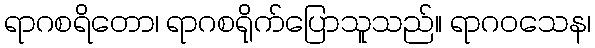
ရာဂစရိတော၊ ရာဂစရိုက်ပြောသူသည်။ ရာဂဝသေန၊